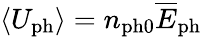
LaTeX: \langle U_{\mathrm{ph}}\rangle=n_{\mathrm{ph0}}\overline{E}_{\mathrm{ph}}